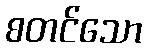
စတင်သော